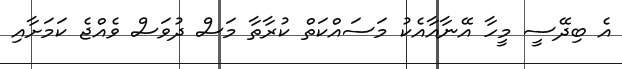
އެ ބިދޭސީ މީހާ އޭނާއާއެކު މަސައްކަތް ކުރާތާ މަސް ދުވަސް ވެއްޖެ ކަމަށާއި